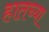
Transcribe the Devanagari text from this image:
हातच्या